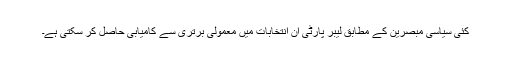
کئی سیاسی مبصرین کے مطابق لیبر پارٹی ان انتخابات میں معمولی برتری سے کامیابی حاصل کر سکتی ہے۔